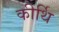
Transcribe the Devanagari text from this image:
कीर्थि